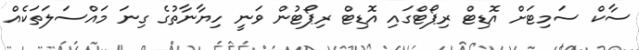
ސާކް ސަމިޓަށް އޮޑިޓް ރިޕޯޓްގައި އޮޑިޓް ރިޕޯޓުން ވަނީ ހިޔާނާތުގެ ގިނަ މައްސަލަތަކެއް